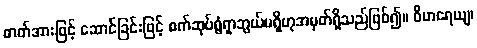
ဓာတ်အားဖြင့် ဆောင်ခြင်းဖြင့် စက်ဆုပ်ရွံရှာဘွယ်မရှိဟုအမှတ်ရှိသည်ဖြစ်၍။ ဝိဟရေယျ၊